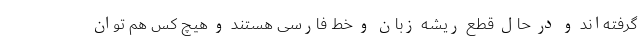
گرفته‌اند و در حال قطع ریشه زبان و خط‌ ‌فارسی هستند و هیچ کس هم توان